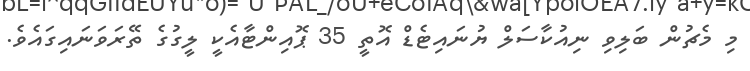
މި މެޗުން ބަލިވި ނިއުކާސަލް ޔުނައިޓެޑް އޮތީ 35 ޕޮއިންޓާއެކީ ލީގުގެ ތޭރަވަނައިގައެވެ.